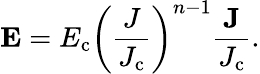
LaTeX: \textbf{E}=E_{\mathrm{c}}\left(\frac{J}{J_{\mathrm{c}}}\right)^{n-1}\frac{\textbf{J}}{J_{\mathrm{c}}}.